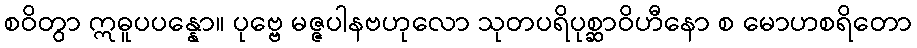
စဝိတွာ ဣဓူပပန္နော။ ပုဗ္ဗေ မဇ္ဇပါနဗဟုလော သုတပရိပုစ္ဆာဝိဟီနော စ မောဟစရိတော